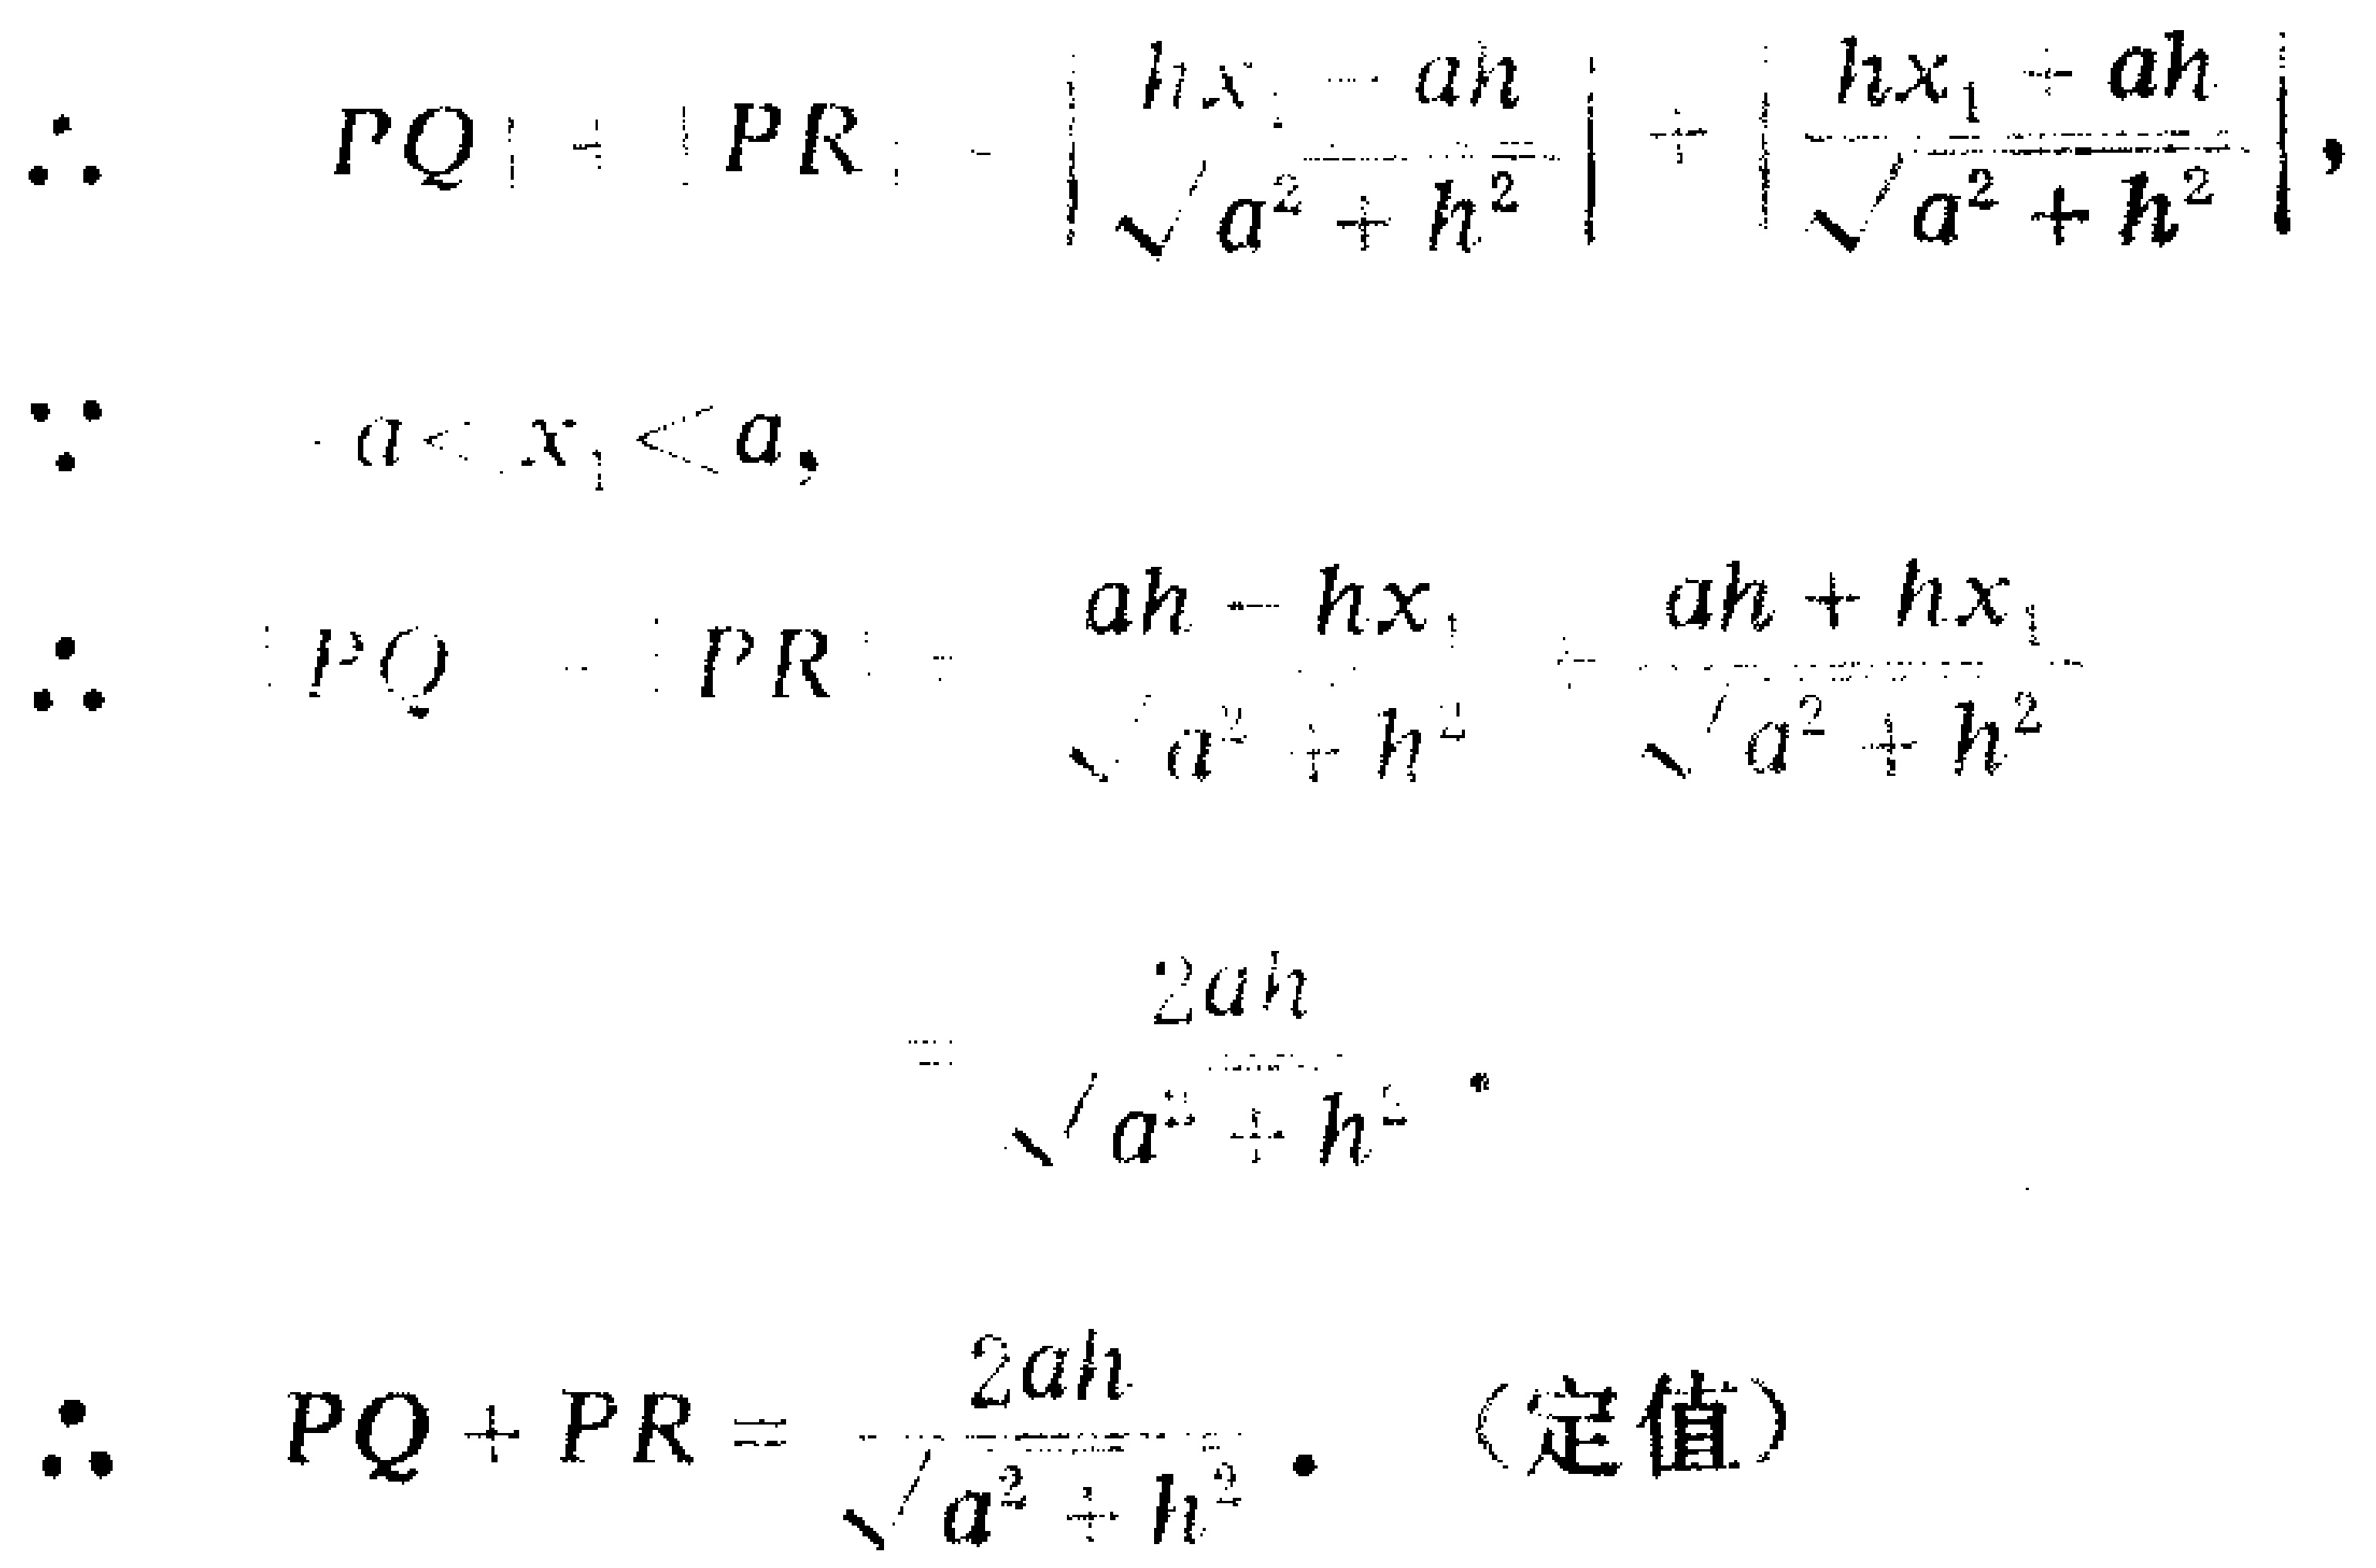
\[
\begin{align*}
\therefore\quad |PQ|+|PR|&=\left|\frac{hx_{1}-ah}{\sqrt{a^{2}+h^{2}}}\right|+\left|\frac{hx_{1}+ah}{\sqrt{a^{2}+h^{2}}}\right|,\\
\because\quad -a<x_{1}<a,\\
\therefore\quad |PQ| + |PR|&=\frac{ah - hx_{1}}{\sqrt{a^{2}+h^{2}}}+\frac{ah + hx_{1}}{\sqrt{a^{2}+h^{2}}}\\
&=\frac{2ah}{\sqrt{a^{2}+h^{2}}}.\\
\therefore\quad PQ + PR&=\frac{2ah}{\sqrt{a^{2}+h^{2}}}.\quad (\text{定值})
\end{align*}
\]